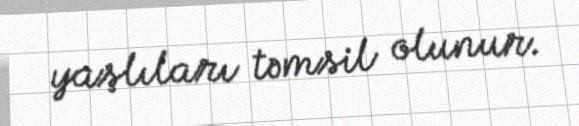
yaşlıları təmsil olunur.